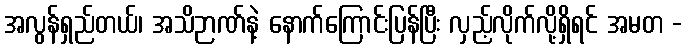
အလွန်ရှည်တယ်၊ အသိဉာဏ်နဲ့ နောက်ကြောင်းပြန်ပြီး လှည့်လိုက်လို့ရှိရင် အမတ -